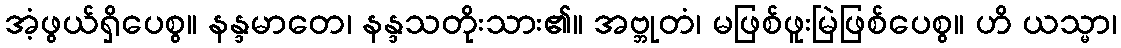
အံ့ဖွယ်ရှိပေစွ။ နန္ဒမာတေ၊ နန္ဒသတိုးသား၏။ အဗ္ဘုတံ၊ မဖြစ်ဖူးမြဲဖြစ်ပေစွ။ ဟိ ယသ္မာ၊